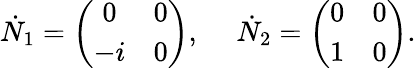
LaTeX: \dot{N}_{1}=\left(\begin{array}{cc}{{0}}&{{0}}\\ {{-i}}&{{0}}\end{array}\right),~~~~~\dot{N}_{2}=\left(\begin{array}{cc}{{0}}&{{0}}\\ {{1}}&{{0}}\end{array}\right).